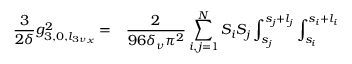
\begin{array} { c l } { \displaystyle \frac { 3 } { 2 \delta } g _ { 3 , 0 , { l _ { 3 \nu } } _ { x } } ^ { 2 } = } & { \displaystyle \frac { 2 } { 9 6 \delta _ { \nu } \pi ^ { 2 } } \sum _ { i , j = 1 } ^ { N } { S _ { i } S _ { j } \int _ { s _ { j } } ^ { s _ { j } + l _ { j } } \int _ { s _ { i } } ^ { s _ { i } + l _ { i } } } } \end{array}